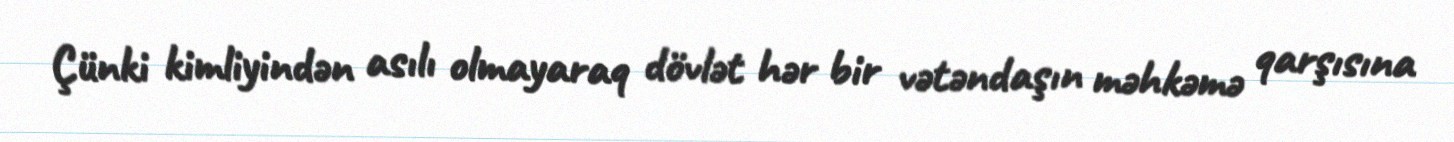
Çünki kimliyindən asılı olmayaraq dövlət hər bir vətəndaşın məhkəmə qarşısına